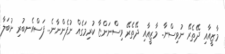
މާޒީއާއި ދޭތެރޭ ނުވިސްނާ.. މާޒީއާއި ދޭތެރޭ ވިސްނަންޏާ ކުރިމަގެއް ނުފެންނާނެ.. ފަސްއެނބުރި ނުބަލާ